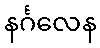
နင်္ဂလေန